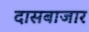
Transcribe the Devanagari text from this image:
दासबाजार